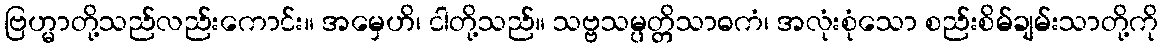
ဗြဟ္မာတို့သည်လည်းကောင်း။ အမှေဟိ၊ ငါတို့သည်။ သဗ္ဗသမ္ပတ္တိသာဓကံ၊ အလုံးစုံသော စည်းစိမ်ချမ်းသာတို့ကို